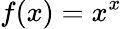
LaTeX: f(x)=x^{x}